Leningradi_Edasi_toimetus, lk 26
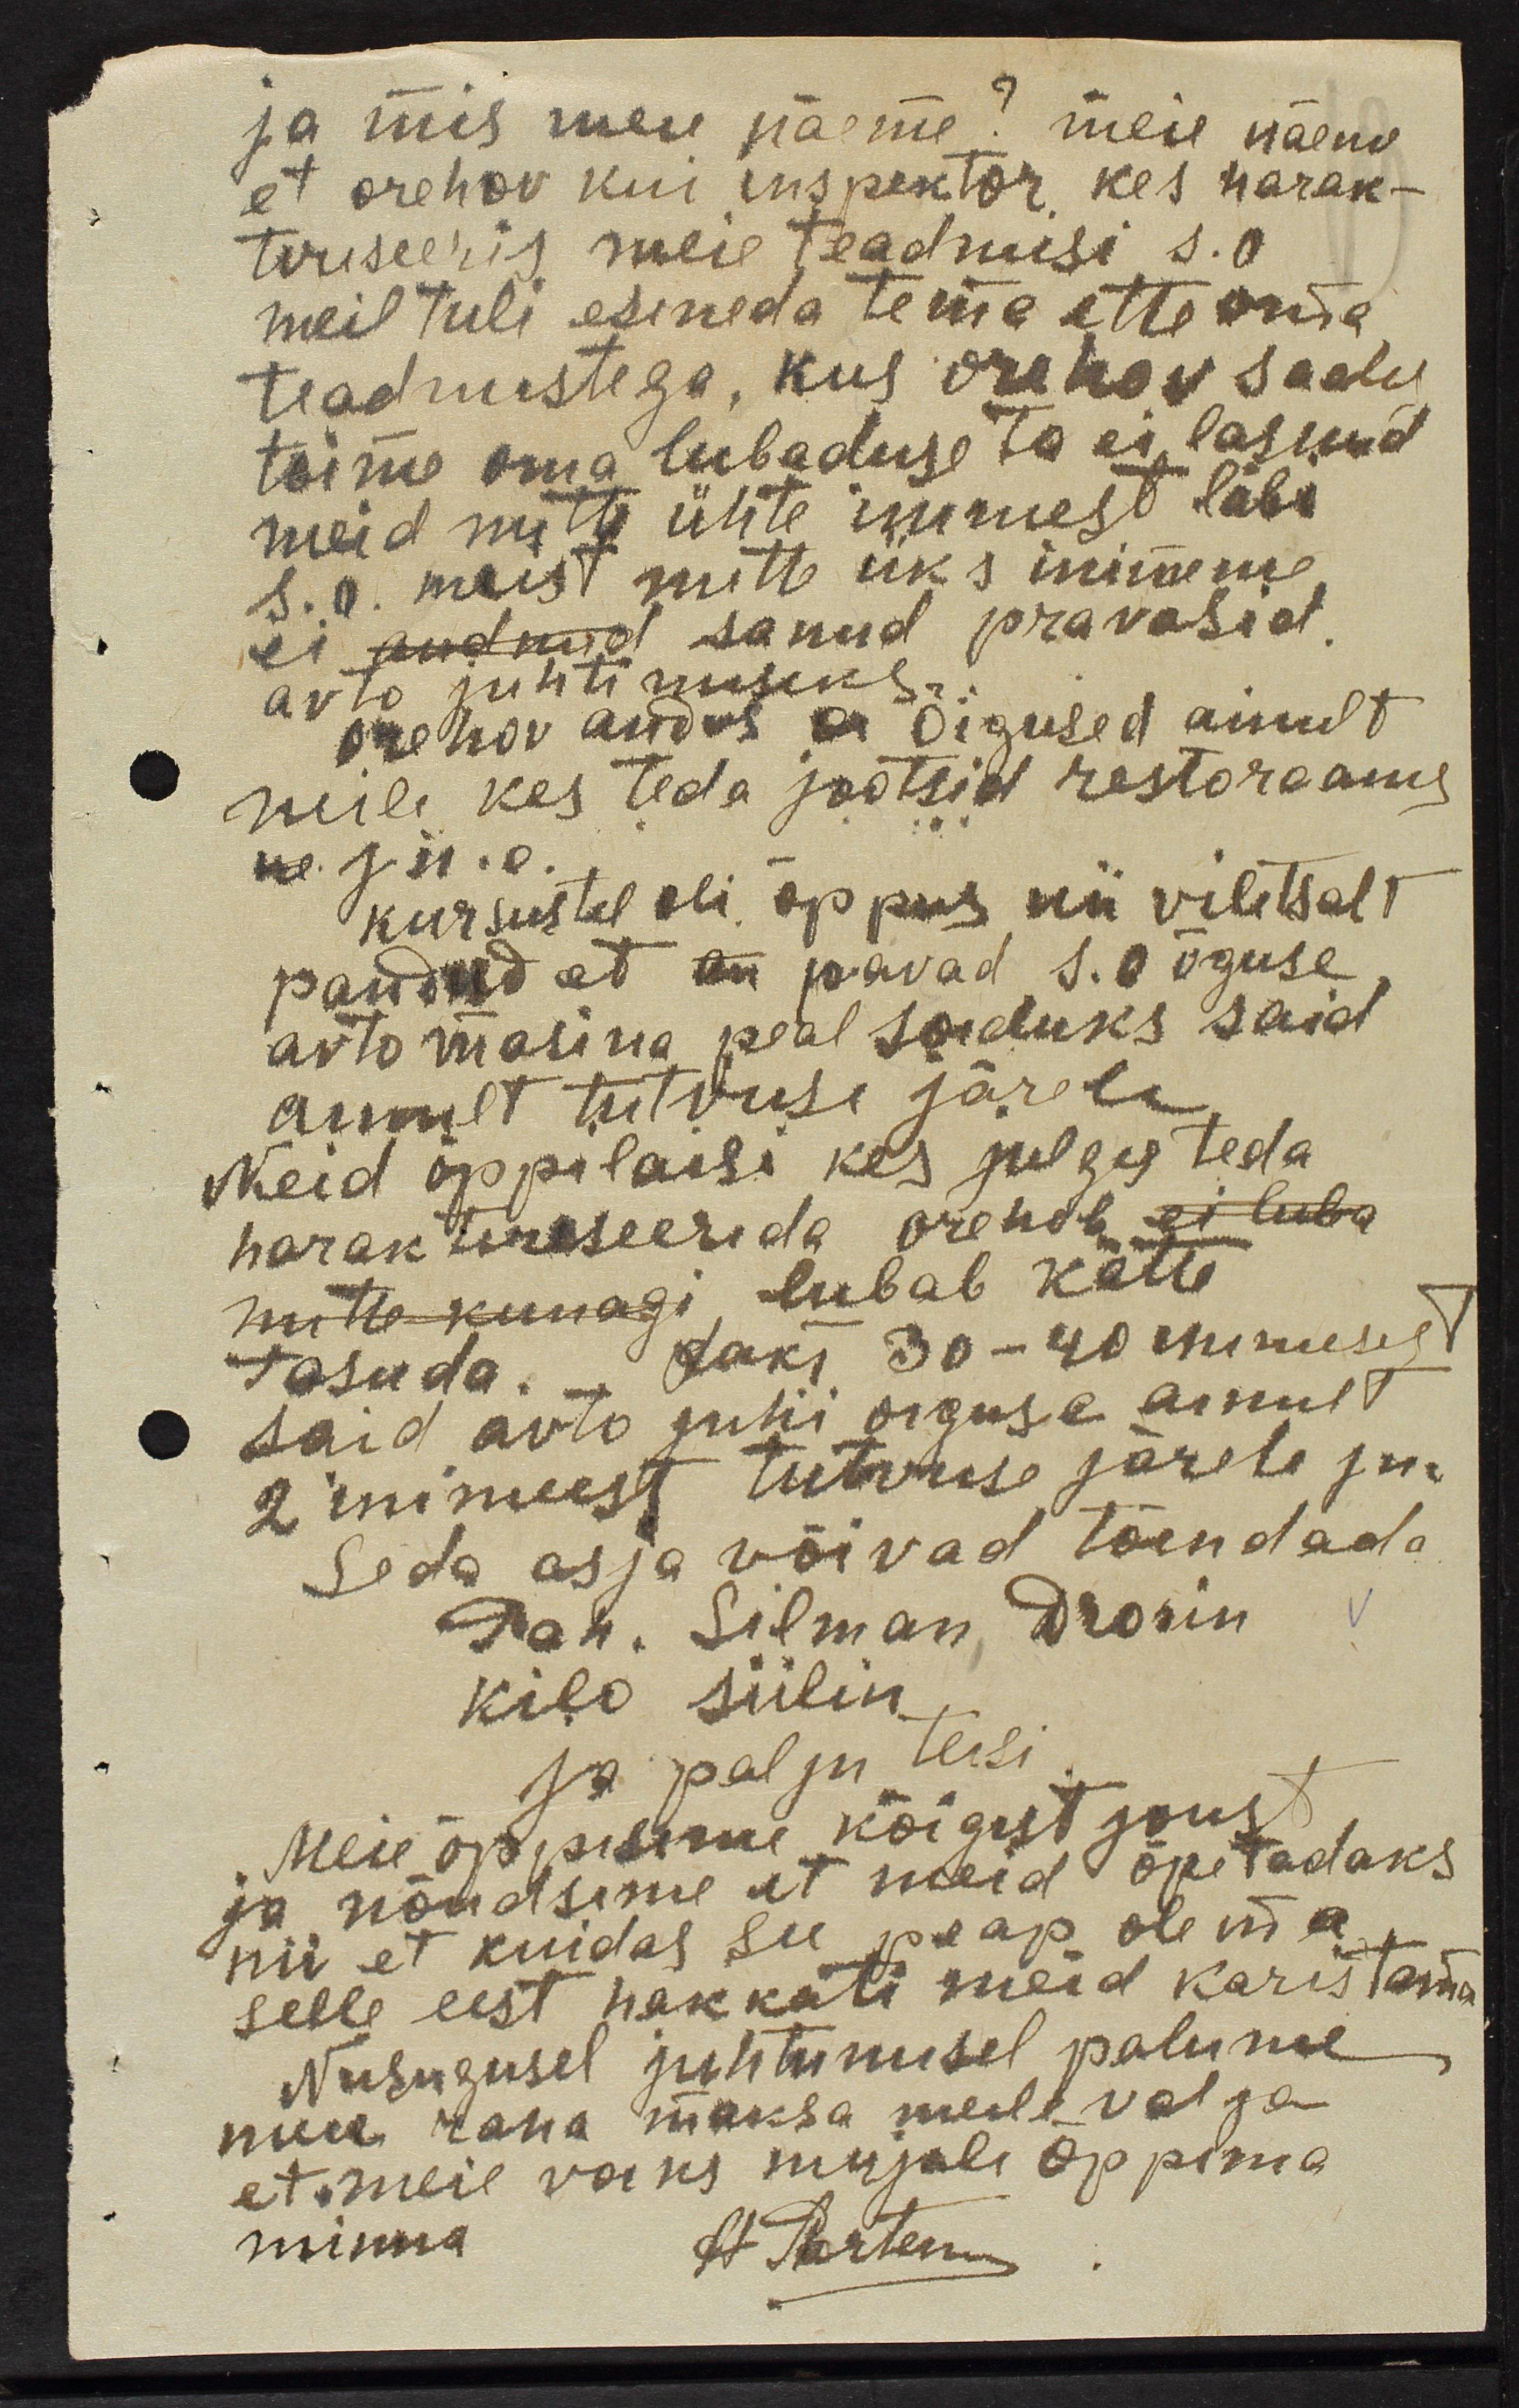
ja mis meie näeme? meie näeme
et orehov kui inspektor, kes harak-
teriseeris meie teadmisi s.o
meil tuli esineda tema ette oma
teadmistega, kus orehov saatis
toime oma lubaduse ta ei lasnud
meid mitte ühte inimese läbi
s.o meist mitte üks inimene
ei andnud sanud pravasid.
auto juhtimiseks.
orehov andis on õigused ainult
neile kes teda jootsid restoraanis
ne. jn.e.
kursustel oli õppus nii viletsalt
pandud et on pravad s.o õguse
auto masina peal sõiduks said
annult tutvuse järele
Neid õppilaisi kes julges teda
harakteriseerida orehob ei luba
mitte kunagi lubab kätte
tasuda. Fakt 30-40 inimesest
said auto juhi oiguse ainult
2 inimeest tutvuse järele jne
Seda asja võivad tõendada
Pah. Silman Drosin
kilo siilin.
Ja palju teisi
Meie õppisime kõigest joust
ja nõudsime et meid õpetadaks
nii et kuidas see peap olema,
selle eest hakkati meid karistama
Niisugusel juhtumisel palume
meie raha maksa meile valja
et meie võiks mujale õppima
minna.